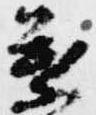
葉